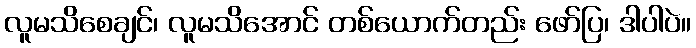
လူမသိစေချင်၊ လူမသိအောင် တစ်ယောက်တည်း ဖော်ပြ၊ ဒါပါပဲ။